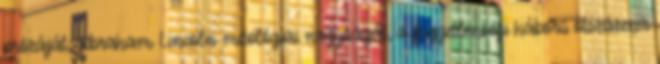
prózáját, Abraham Lincoln mitológiai nagyságát, a függetlenségi háború ötszázezer